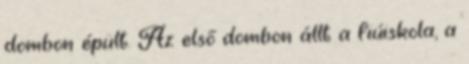
dombon épült. Az első dombon állt a fiúiskola, a